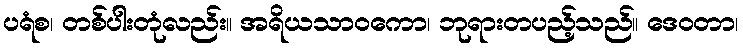
ပရံစ၊ တစ်ပါးတုံလည်း။ အရိယသာဝကော၊ ဘုရားတပည့်သည်။ ဒေဝတာ၊